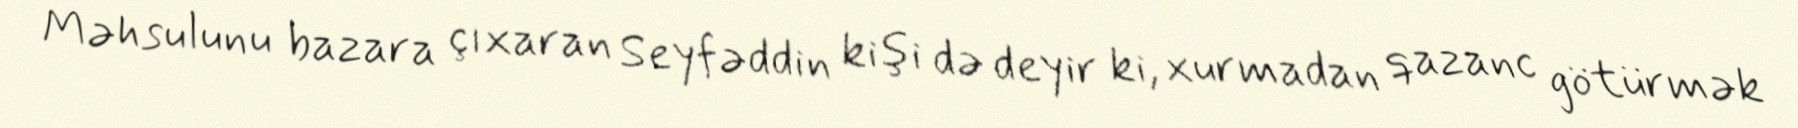
Məhsulunu bazara çıxaran Seyfəddin kişi də deyir ki, xurmadan qazanc götürmək